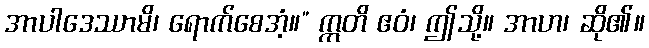
အာပါဒေဿာမိ၊ ရောက်စေအံ့။” ဣတိ ဧဝံ၊ ဤသို့။ အာဟ၊ ဆို၏။